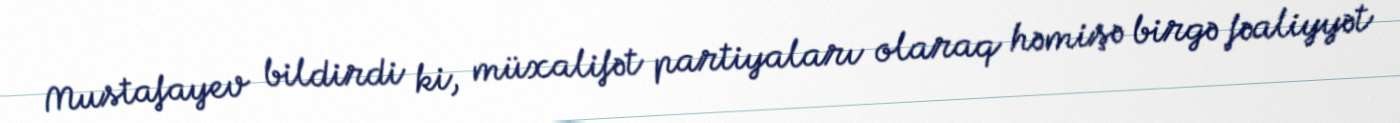
Mustafayev bildirdi ki, müxalifət partiyaları olaraq həmişə birgə fəaliyyət